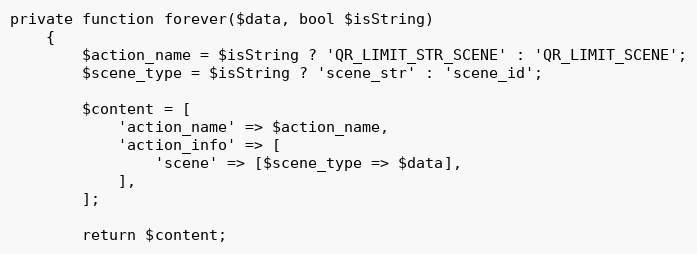
Language: PHP
private function forever($data, bool $isString)
    {
        $action_name = $isString ? 'QR_LIMIT_STR_SCENE' : 'QR_LIMIT_SCENE';
        $scene_type = $isString ? 'scene_str' : 'scene_id';

        $content = [
            'action_name' => $action_name,
            'action_info' => [
                'scene' => [$scene_type => $data],
            ],
        ];

        return $content;